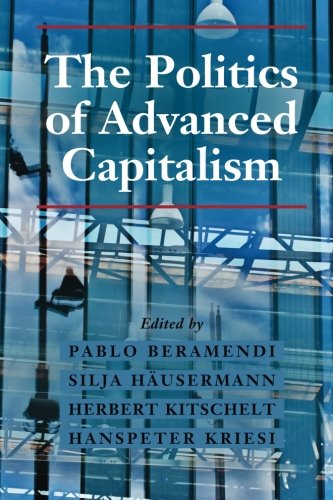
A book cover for The Politics of Advanced Capitalism; Business & Money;